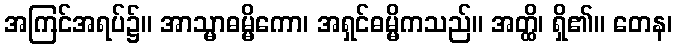
အကြင်အရပ်၌။ အာသ္မာဓမ္မိကော၊ အရှင်ဓမ္မိကသည်။ အတ္ထိ၊ ရှိ၏။ တေန၊